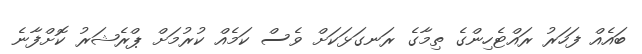
ބައެއް ފަހަރު ރައްޓެހިންގެ ތިމާގެ ރަނގަޅަކަށް ވެސް ކަމެއް ކުރުމަށް ޕްރެޝަރު ކޮށްފާނެ